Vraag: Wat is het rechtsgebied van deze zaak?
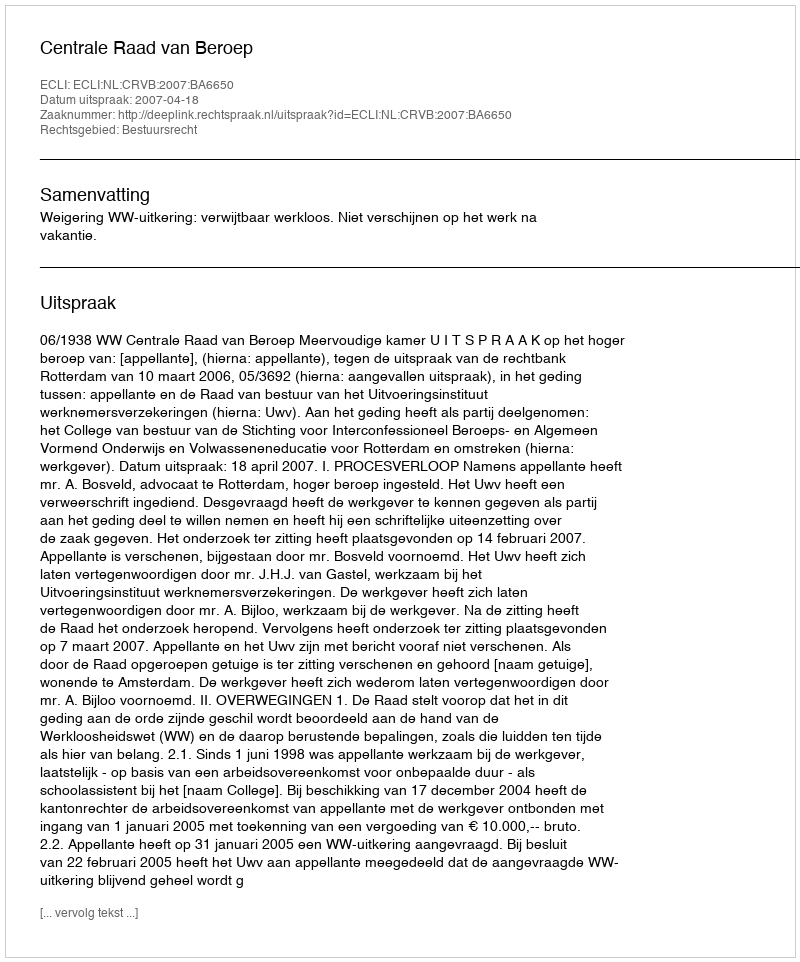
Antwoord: Bestuursrecht